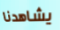
يشاهدنا